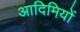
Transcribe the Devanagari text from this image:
आदिमियों